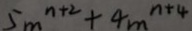
5 m ^ { n + 2 } + 4 m ^ { n + 4 }